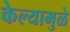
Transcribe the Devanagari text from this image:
केल्‍यामुळे